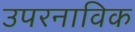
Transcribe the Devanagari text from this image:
उपरनाविक